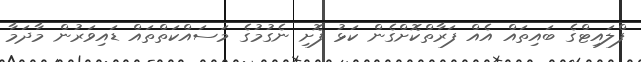
ފްލައިޓްގެ ބައިތައް އެއް ފަރާތްކޮށްގެން ކަޅު ފޮށި ނެގުމުގެ މަސައްކަތްތައް ޑައިވަރުން މާދަމާ